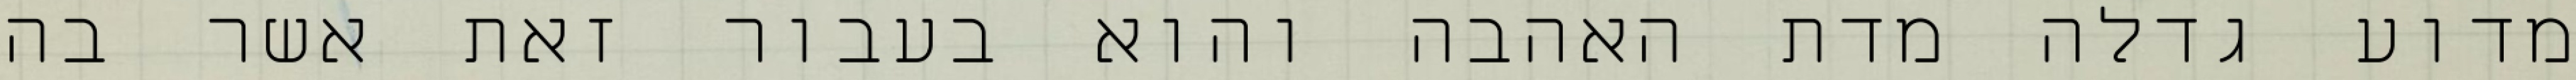
מדוע גדלה מדת האהבה והוא בעבור זאת אשר בה